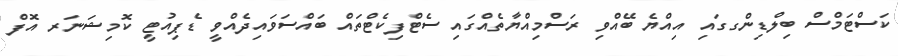
ކަސްޓަމްސް ބިލްޑިންގގައި އިއްޔެ ބޭއްވި ރަސްމިއްޔާތެއްގައި ސެޓްފިކެޓްތައް ބައްސަވައިދެއްވީ ޑެޕިއުޓީ ކޮމިޝަނަރ އޮފް